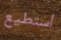
أستطيع